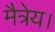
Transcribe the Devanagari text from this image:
मैत्रेय।